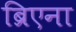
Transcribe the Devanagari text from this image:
ब्रिएना